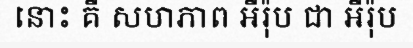
នោះ គឺ សហភាព អឺរ៉ុប ជា អឺរ៉ុប